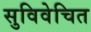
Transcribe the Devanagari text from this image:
सुविवेचित